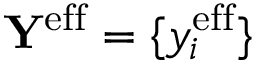
\mathbf { Y } ^ { \mathrm { e f f } } = \{ y _ { i } ^ { \mathrm { e f f } } \}